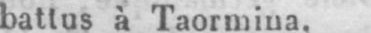
battus à Taormina.